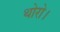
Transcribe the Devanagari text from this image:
थोरो।